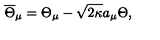
\overline { { \Theta } } _ { \mu } = \Theta _ { \mu } - \sqrt { 2 \kappa } a _ { \mu } \Theta ,